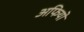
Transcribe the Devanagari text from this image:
अफियो